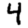
Digit: 4